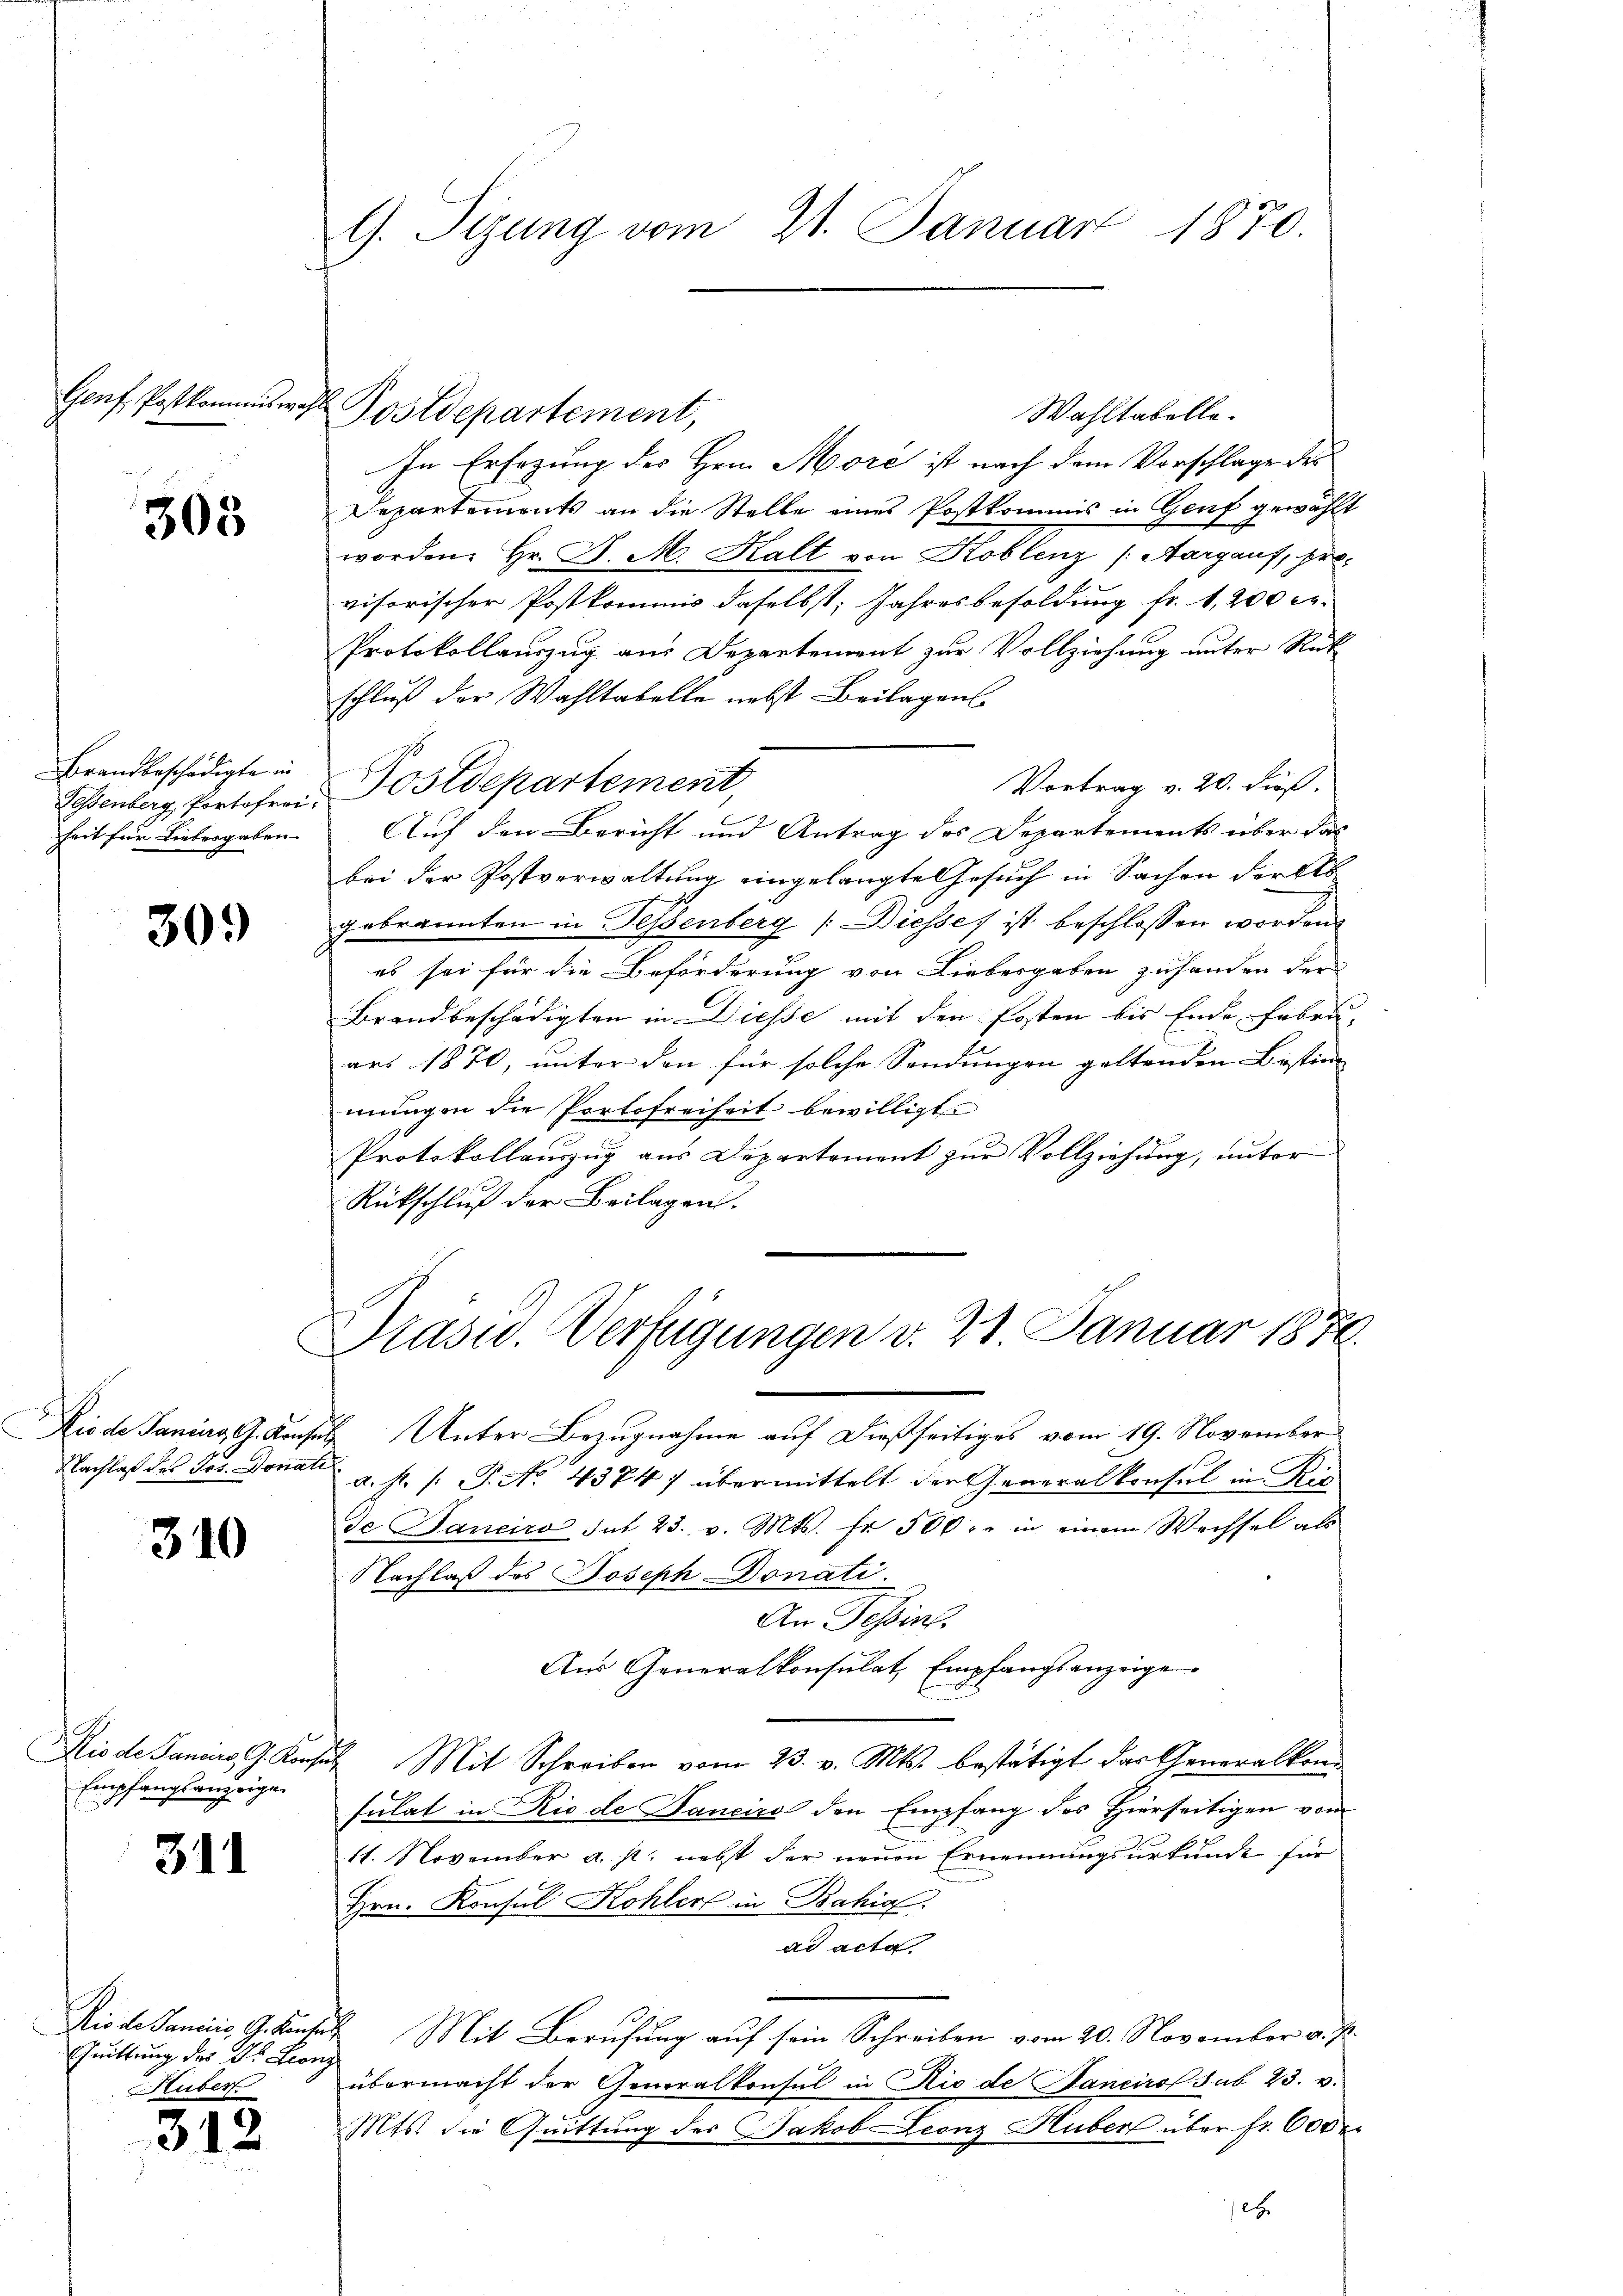
Genf, Postkommiswahl

303

Brandbeschädigte in
heit für Liebergaben.

309

Rio de Saniirg, G. Konse
Nachlaß des Jos. Donati

310

Stio de Pancius G. Kruse
Empfangsanzeige

31

Rio de Janciis, G. Kunter
Quittung des Dr. Leonz
Huber.

3.

12.

G. Tizung vom 21. Januar 1870.

Postdepartement,

Wahltabelle.
In Ersezung der Hrn. More ist nach dem Vorschlage des
Departements an die Stelle eines Postkommis in Genf gewählt
worden. Hr. P. M. Kalt von Koblenz (Aargaus, provisorischer Postkommis daselbst, Jahresbesoldung fr. 1,200 er
Protokollauszug aus Departement zur Vollziehung unter Rück-
schluß der Wahltabelle nebst Beilagen
Vortrag v. 20. dieß.
Fessenberg, Portofrei Postdepartement,
Auf den Bericht und Antrag des Departements über das
bei der Postverwaltung eingelangte Gesuch in Sachen dorts
gebrannten in Teßenberg [Diesses ist beschlossen worden.
es sei für die Beforderung von Liebesgaben zuhanden der
Brandbeschädigten in Diesse mit den Posten bis Ende Febru-
ars 1870, unter den für solche Sendungen geltenden Bestim
mungen die Portofreiheit bewilligt.
Protokollauszug aus Departement zur Vollziehung, unter
Rückschluß der Beilagen.

Präsid. Verfügungen v. 21 Januar 1876.

Unter Bezugnahme auf dießseitiges vom 19. November
a. h. /: P. No. 4374; übermittelt der Generalkonsul in Ric
de Janeiro Tat 23. v. Mts. fr. 500 xr in einem Wechsel als
Nachlaß des Joseph Donati
An Tessin.
Aus Generalkonsulat, Empfangsanzeige
Mit Schreiben vom 23. v. Mts. bestätigt das Generalkonsulat in Rio de Fancirs den Empfang des Hierseitigen vom
11. November a. p. nebst der neuen Ernennungsurkunde für
Hrn. Konsul Kohler in Bahia
ad acta.
Mit Berufung auf sein Schreiben vom 20. November a. p.
übermacht der Generalkonsul in Rio de Panciro sub 23. v.
Mts. die Quittung des Jakob Leonz Huber über fr. 600 r
e